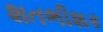
શતભીશક